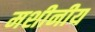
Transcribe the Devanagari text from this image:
मशीनीय